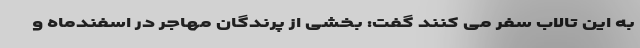
به این تالاب سفر می کنند گفت: بخشی از پرندگان مهاجر در اسفندماه و